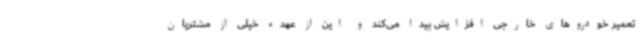
تعمیر خودروهای خارجی افزایش پیدا می‌کند و این از عهده خیلی از مشتریان